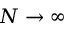
N \rightarrow \infty